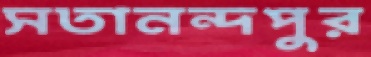
সতানন্দপুর